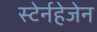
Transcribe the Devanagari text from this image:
स्टेर्नहेजेन